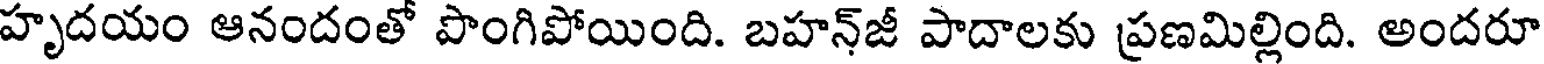
హృదయం ఆనందంతో పొంగిపోయింది. బహన్జీ పాదాలకు ప్రణమిల్లింది. అందరూ